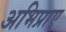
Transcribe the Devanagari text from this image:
अभिप्राए